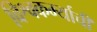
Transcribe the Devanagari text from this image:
विश्वकर्म्याची